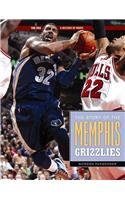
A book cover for The Story of the Memphis Grizzlies (The NBA: a History of Hoops); Gordon Pueschner; Teen & Young Adult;